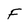
Character: F